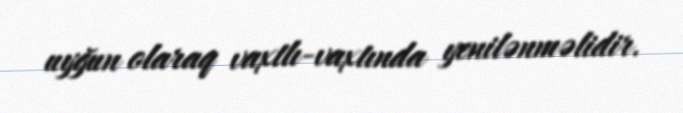
uyğun olaraq vaxtlı-vaxtında yenilənməlidir.